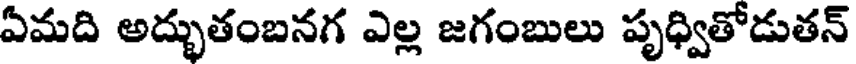
ఏమది అద్భుతంబనగ ఎల్ల జగంబులు పృధ్వితోడుతన్